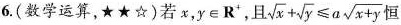
6.(数学运算，★★☆)若x，y∈R^{+}，且$$\sqrt { x } + \sqrt { y } ≤ a \sqrt { x + y }$$恒